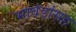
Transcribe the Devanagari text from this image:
भावंडांसह